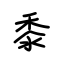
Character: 黍